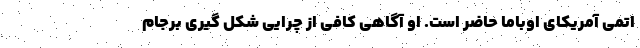
اتمی آمریکای اوباما حاضر است. او آگاهی کافی از چرایی شکل گیری برجام